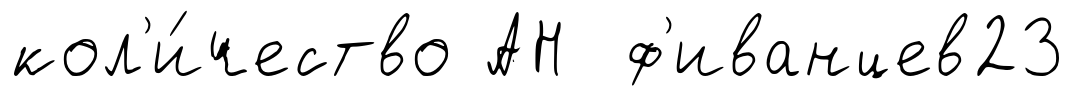
кол'и́чество АН ф'иванцев23